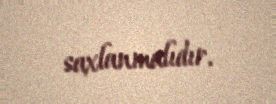
saxlanmalıdır.